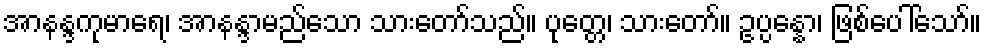
အာနန္ဒကုမာရေ၊ အာနန္ဒာမည်သော သားတော်သည်။ ပုတ္တေ၊ သားတော်။ ဥပ္ပန္နော၊ ဖြစ်ပေါ်သော်။